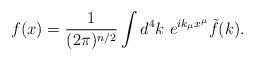
LaTeX: \begin{align*}f(x)=\frac{1}{(2\pi)^{n/2}}\int d^4k~e^{ik_{\mu}x^{\mu}}\tilde{f}(k).\end{align*}